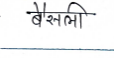
मजकूर: बैसली